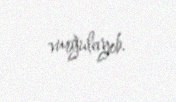
vurğulayıb.